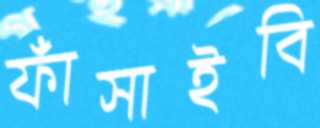
ফাঁসাইবি